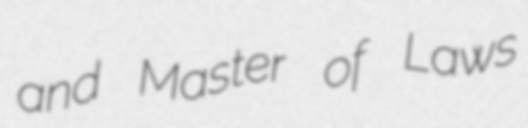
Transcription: and Master of Laws